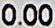
0.00